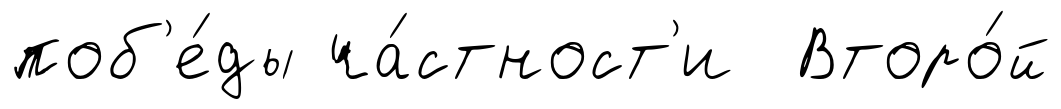
поб'е́ды ча́стност'и Второ́й